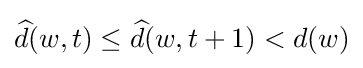
{\widehat {d}}(w,t)\leq {\widehat {d}}(w,t+1)<d(w)